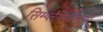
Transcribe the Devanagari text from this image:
सिम्प्लेसियोमोर्फी